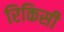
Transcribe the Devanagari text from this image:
रिकिसी